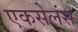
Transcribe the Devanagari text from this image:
एकसेलंस